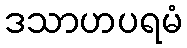
ဒသာဟပရမံ